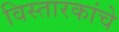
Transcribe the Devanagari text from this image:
विस्तारकांचे